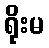
ရိုးမ